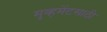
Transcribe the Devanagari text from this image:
मुव्हमेंटसाठी